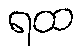
ရထ